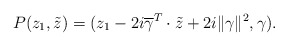
\begin{align*}P(z_1, \tilde{z})=(z_1-2i\overline{\gamma}^T \cdot \tilde{z}+2i\|\gamma\|^2, \gamma).\end{align*}